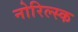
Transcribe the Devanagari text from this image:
नोरिल्स्क